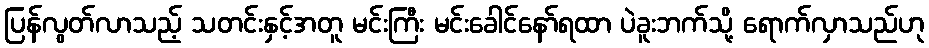
ပြန်လွတ်လာသည့် သတင်းနှင့်အတူ မင်းကြီး မင်းခေါင်နော်ရထာ ပဲခူးဘက်သို့ ရောက်လှာသည်ဟု